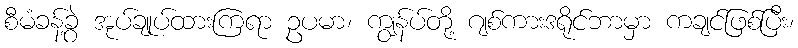
စီမံခန့်ခွဲ အုပ်ချုပ်ထားကြရာ ဥပမာ၊ ကျွန်ပ်တို့ ဂျစ်ကားဒရိုင်ဘာမှာ ကချင်ဖြစ်ပြီး၊